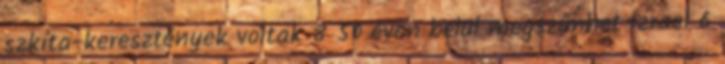
szkíta-keresztények voltak 8 50 éven belül megszűnhet Izrael 6